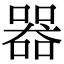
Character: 器